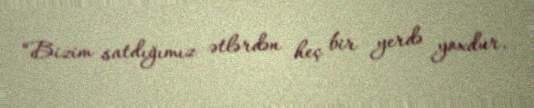
“Bizim satdığımız ətlərdən heç bir yerdə yoxdur.